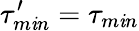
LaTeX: \tau_{m\mathit{i}n}^{\prime}=\tau_{m\mathit{i}n}